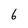
Character: 6